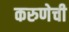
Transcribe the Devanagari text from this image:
करुणेची